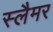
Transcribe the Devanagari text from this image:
स्लैमर